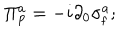
\Pi _ { \mathrm { p } } ^ { a } = - i \partial _ { 0 } \sigma _ { \mathrm { f } } ^ { a } ;